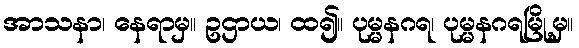
အာသနာ၊ နေရာမှ။ ဥဌာယ၊ ထ၍။ ပုမ္မနဂရ၊ ပုမ္မနဂရမြို့မှ။